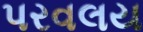
પરવલય